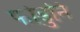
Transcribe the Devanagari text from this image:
फोडुनि